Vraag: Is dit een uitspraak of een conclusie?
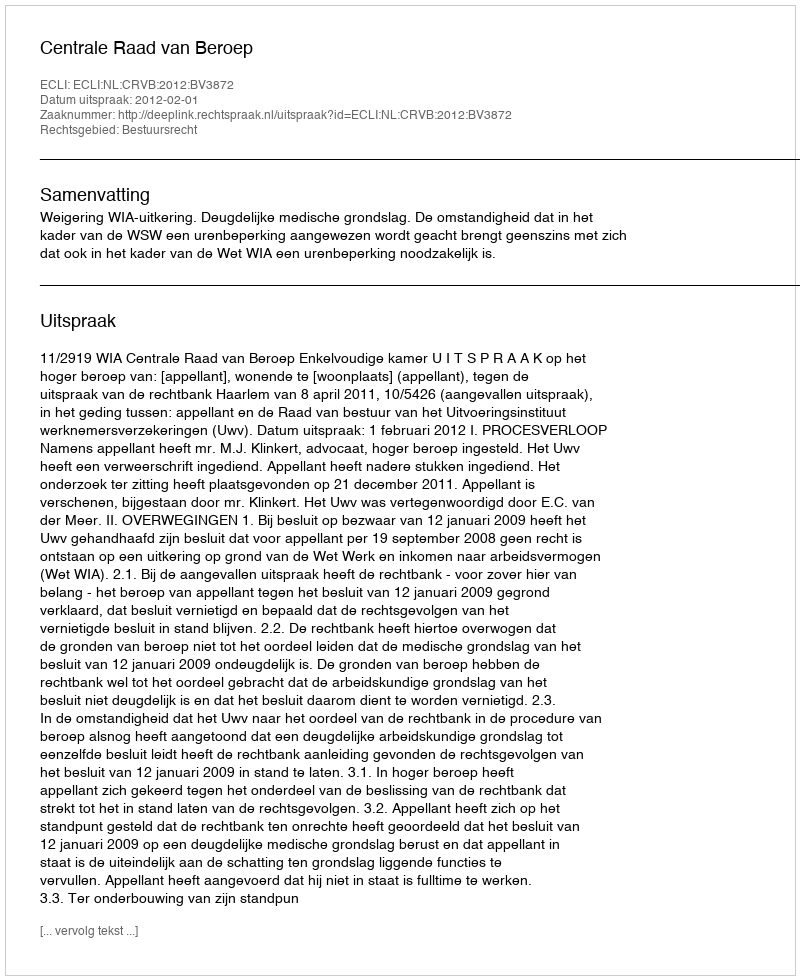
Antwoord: Uitspraak